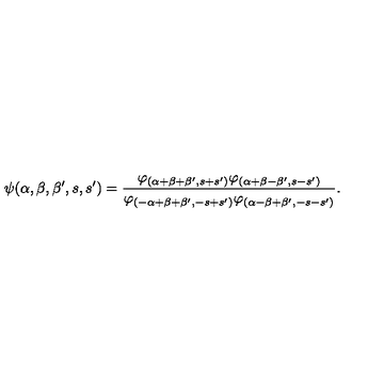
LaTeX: \psi ( \alpha , \beta , \beta ^ { \prime } , s , s ^ { \prime } ) = \frac { \varphi _ { ( \alpha + \beta + \beta ^ { \prime } , s + s ^ { \prime } ) } \varphi _ { ( \alpha + \beta - \beta ^ { \prime } , s - s ^ { \prime } ) } } { \varphi _ { ( - \alpha + \beta + \beta ^ { \prime } , - s + s ^ { \prime } ) } \varphi _ { ( \alpha - \beta + \beta ^ { \prime } , - s - s ^ { \prime } ) } } .